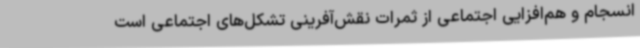
انسجام و هم‌افزایی اجتماعی از ثمرات نقش‌آفرینی تشکل‌های اجتماعی است